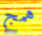
همج